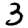
Digit: 3